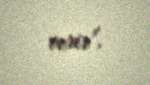
verir”.